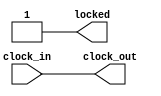
// This program was cloned from: https://github.com/rj45/rj32
// License: MIT License

module pll(
	input  clock_in,
	output clock_out,
	output locked
	);

  assign locked = 1'b1;
  assign clock_out = clock_in;

endmodule